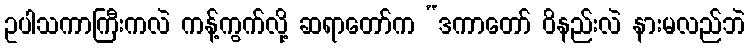
ဥပါသကာကြီးကလဲ ကန့်ကွက်လို့ ဆရာတော်က “ဒကာတော် ဝိနည်းလဲ နားမလည်ဘဲ